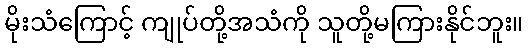
မိုးသံကြောင့် ကျုပ်တို့အသံကို သူတို့မကြားနိုင်ဘူး။